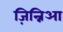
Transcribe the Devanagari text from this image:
ज़िन्निआ